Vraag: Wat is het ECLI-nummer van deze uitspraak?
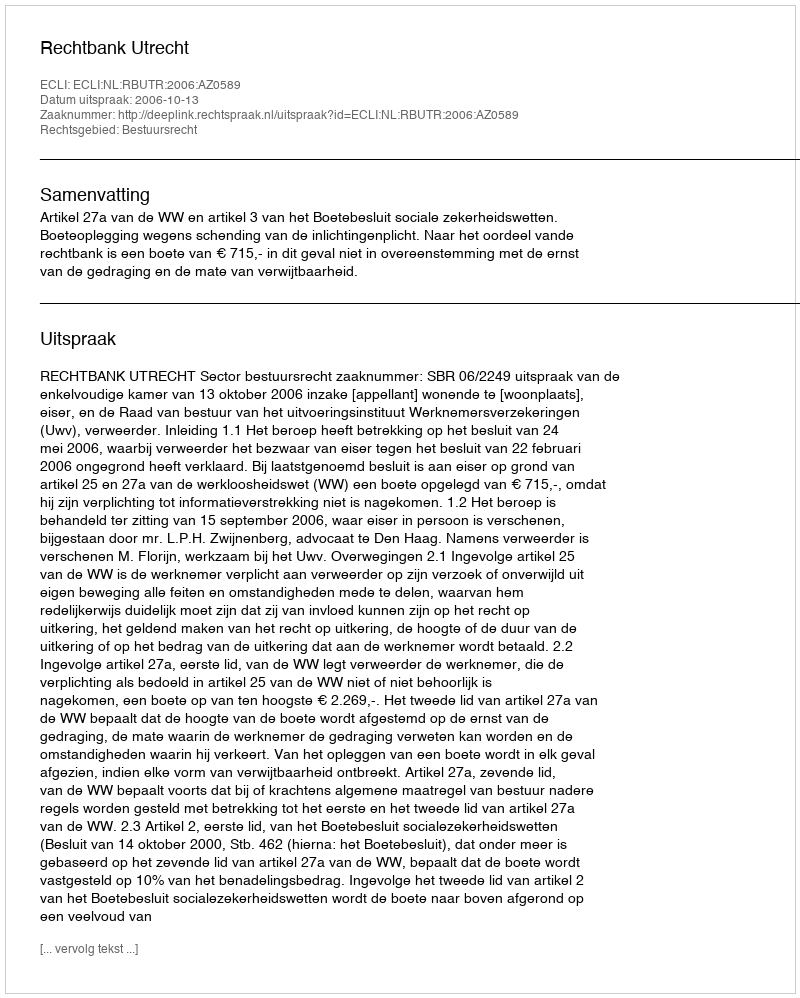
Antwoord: ECLI:NL:RBUTR:2006:AZ0589